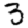
Digit: 3